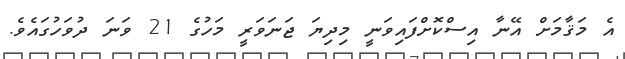
އެ މަޤާމަށް އޭނާ އިސްކޮށްފައިވަނީ މިދިޔަ ޖަނަވަރީ މަހުގެ 21 ވަނަ ދުވަހުގައެވެ.